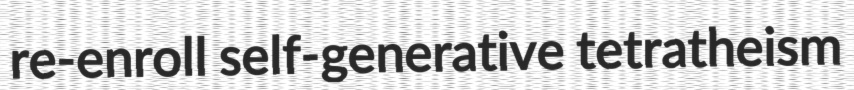
re-enroll self-generative tetratheism